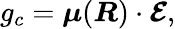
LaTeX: \begin{array}{r}{g_{c}=\boldsymbol{\mu}(\boldsymbol{R})\cdot\boldsymbol{\mathcal{E}},}\end{array}